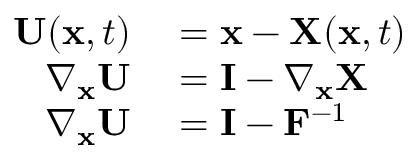
\begin{array} { r l } { \mathbf { U } ( \mathbf { x } , t ) } & { { } = \mathbf { x } - \mathbf { X } ( \mathbf { x } , t ) } \\ { \nabla _ { \mathbf { x } } \mathbf { U } } & { { } = \mathbf { I } - \nabla _ { \mathbf { x } } \mathbf { X } } \\ { \nabla _ { \mathbf { x } } \mathbf { U } } & { { } = \mathbf { I } - \mathbf { F } ^ { - 1 } } \end{array}